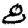
Digit: 8